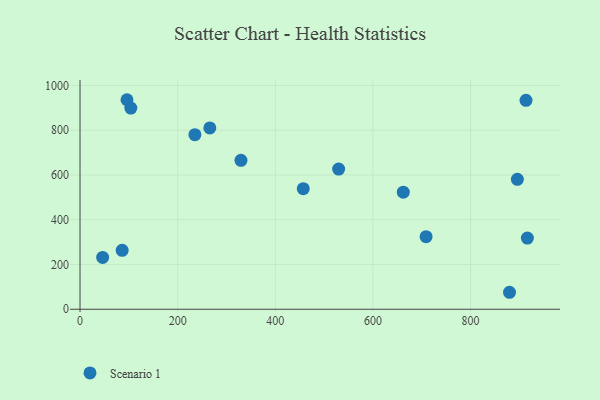
{"axis": {"x": "Engine Size", "y": "Salary"}, "legend": ["Scenario 1"], "data": [{"x": "46.3", "y": 231.7, "type": "Scenario 1"}, {"x": "96.2", "y": 936.2, "type": "Scenario 1"}, {"x": "104.1", "y": 898.7, "type": "Scenario 1"}, {"x": "662.2", "y": 523.1, "type": "Scenario 1"}, {"x": "529.8", "y": 626.5, "type": "Scenario 1"}, {"x": "879.8", "y": 75.8, "type": "Scenario 1"}, {"x": "457.3", "y": 538.6, "type": "Scenario 1"}, {"x": "913.6", "y": 933.5, "type": "Scenario 1"}, {"x": "916.4", "y": 318.2, "type": "Scenario 1"}, {"x": "265.9", "y": 810.0, "type": "Scenario 1"}, {"x": "86.3", "y": 263.3, "type": "Scenario 1"}, {"x": "329.7", "y": 665.5, "type": "Scenario 1"}, {"x": "895.9", "y": 580.5, "type": "Scenario 1"}, {"x": "235.3", "y": 780.0, "type": "Scenario 1"}, {"x": "708.9", "y": 324.3, "type": "Scenario 1"}]}